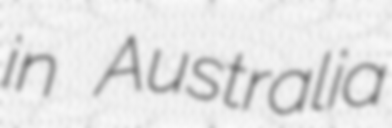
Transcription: in Australia